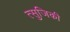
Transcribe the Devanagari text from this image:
त्सुजिकी